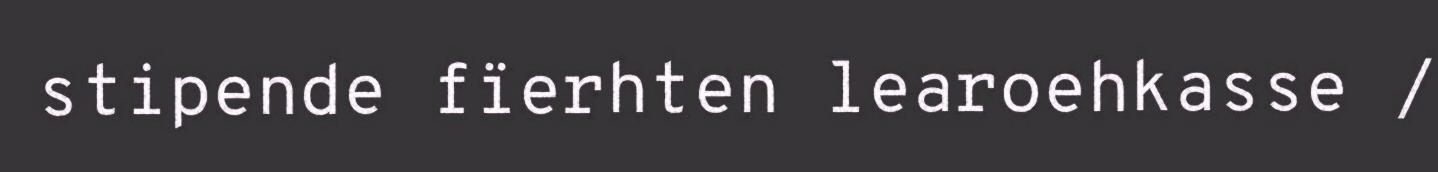
stipende fïerhten learoehkasse /